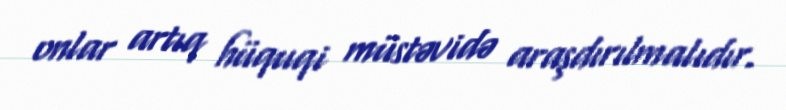
onlar artıq hüquqi müstəvidə araşdırılmalıdır.